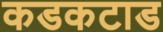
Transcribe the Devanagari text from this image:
कडकटाड